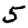
Digit: 5